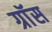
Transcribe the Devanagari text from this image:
ग्राॅस